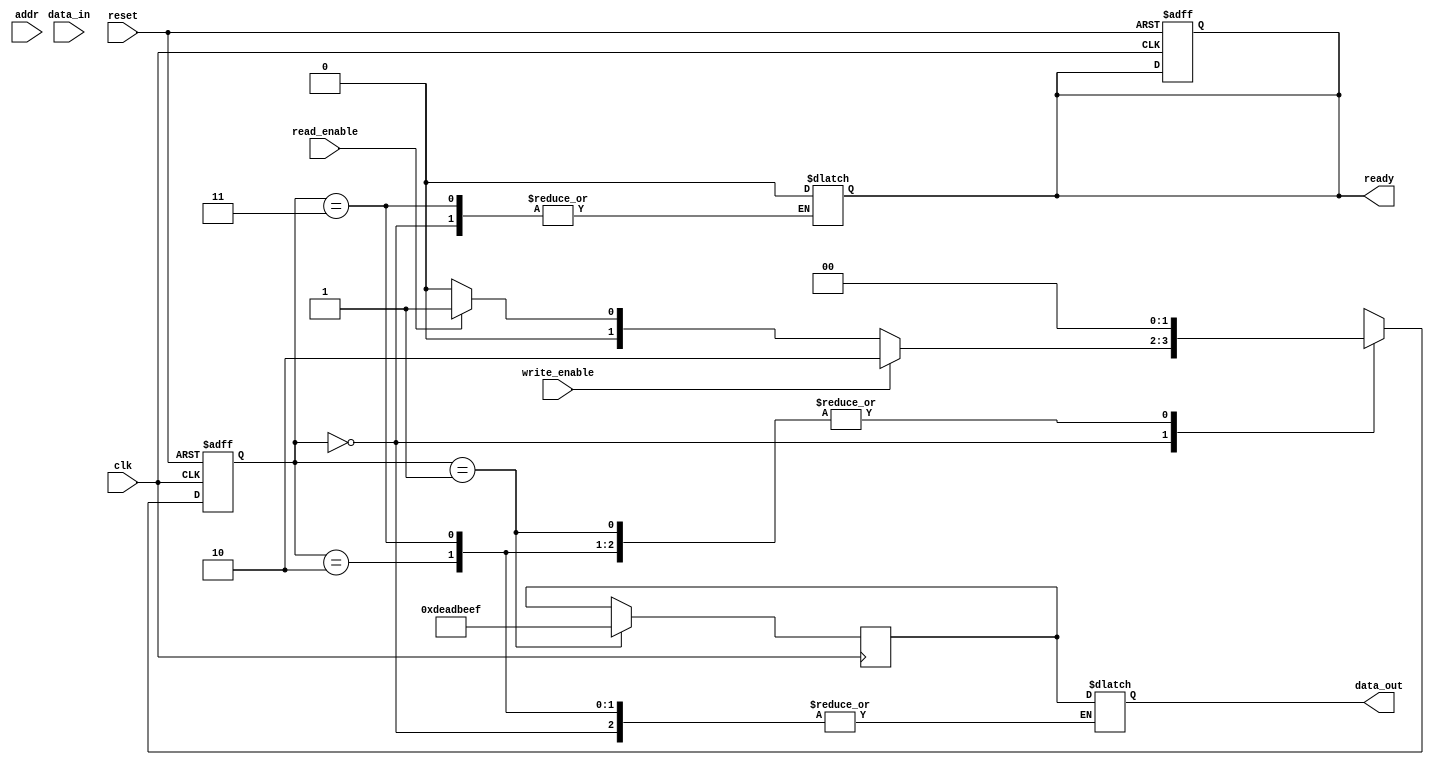
module io_block_3d_dram (
    input wire clk,
    input wire reset,
    input wire [31:0] addr,          // Address from memory controller
    input wire [63:0] data_in,       // Data input from memory controller
    input wire write_enable,          // Write enable signal
    input wire read_enable,           // Read enable signal
    output reg [63:0] data_out,      // Data output to memory controller
    output reg ready                  // Ready signal to memory controller
);

    // Parameters
    parameter NUM_LAYERS = 4;        // Number of memory layers
    parameter NUM_BANKS = 8;          // Number of banks per layer
    parameter BANK_SIZE = 256;        // Size of each bank

    // Internal signals
    reg [63:0] input_buffer;          // Input buffer
    reg [63:0] output_buffer;         // Output buffer
    reg [NUM_LAYERS-1:0] selected_layer; // Layer selection
    reg [NUM_BANKS-1:0] selected_bank;   // Bank selection
    reg [7:0] row_addr;               // Row address
    reg [7:0] col_addr;               // Column address
    reg [1:0] state;                  // State machine
    reg [1:0] next_state;             // Next state for FSM

    // State definitions
    localparam IDLE = 2'b00;
    localparam READ = 2'b01;
    localparam WRITE = 2'b10;
    localparam REFRESH = 2'b11;

    // Address decoding
    always @(*) begin
        selected_layer = addr[31:30]; // Top 2 bits for layer selection
        selected_bank = addr[29:26];  // Next 4 bits for bank selection
        row_addr = addr[25:18];        // Next 8 bits for row address
        col_addr = addr[17:10];        // Next 8 bits for column address
    end

    // Control logic (State machine)
    always @(posedge clk or posedge reset) begin
        if (reset) begin
            state <= IDLE;
            ready <= 1;
        end else begin
            state <= next_state;
        end
    end

    always @(*) begin
        case (state)
            IDLE: begin
                if (write_enable) begin
                    input_buffer = data_in; // Capture input data
                    next_state = WRITE;
                end else if (read_enable) begin
                    next_state = READ;
                end else begin
                    next_state = IDLE;
                end
            end
            WRITE: begin
                // Simulate writing to memory (not implemented)
                ready = 0; // Indicate busy
                next_state = IDLE; // Go back to idle after write
            end
            READ: begin
                // Simulate reading from memory (not implemented)
                data_out = output_buffer; // Output buffer data
                ready = 0; // Indicate busy
                next_state = IDLE; // Go back to idle after read
            end
            REFRESH: begin
                // Simulate refresh operation (not implemented)
                next_state = IDLE; // Go back to idle after refresh
            end
            default: next_state = IDLE; // Default state
        endcase
    end

    // Output buffer logic (for simulation purposes)
    always @(posedge clk) begin
        if (state == READ) begin
            // Simulate reading data from the selected memory cells
            output_buffer <= 64'hDEADBEEF; // Placeholder for read data
        end
    end

endmodule